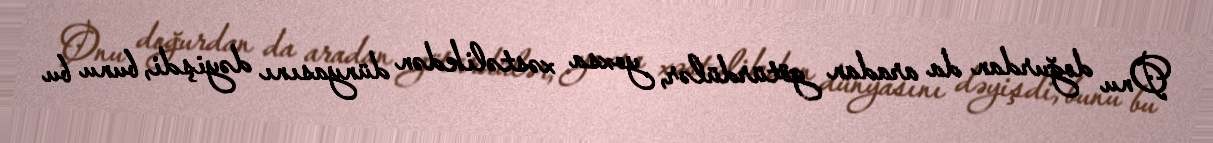
Onu doğurdan da aradan götürdülər, yoxsa xəstəlikdən dünyasını dəyişdi, bunu bu